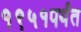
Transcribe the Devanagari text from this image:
१९५१पर्यंत